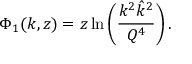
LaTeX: \Phi _ { 1 } ( k , z ) = z \ln \left( \frac { k ^ { 2 } \hat { k } ^ { 2 } } { Q ^ { 4 } } \right) .